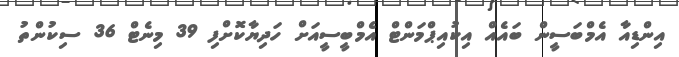
އިންޑިއާ އެމްބަސީން ބައެއް އިކުއިޕްމަންޓް އެމްބީސީއަށް ހަދިޔާކޮށްފި 39 މިނެޓް 36 ސިކުންތު